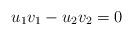
LaTeX: \begin{align*}u_1 v_1-u_2 v_2=0\end{align*}